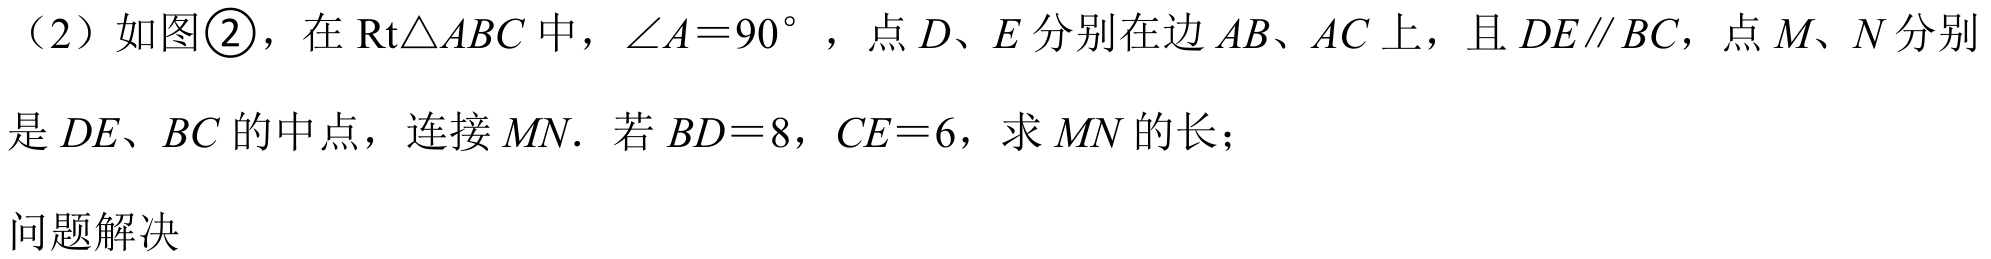
（2）如图\textcircled{2}，在\(\text{Rt}\triangle ABC\)中，\(\angle A = 90^{\circ}\)，点\(D、E\)分别在边\(AB、AC\)上，且\(DE\parallel BC\)，点\(M、N\)分别是\(DE、BC\)的中点，连接\(MN\). 若\(BD = 8\)，\(CE = 6\)，求\(MN\)的长；

问题解决